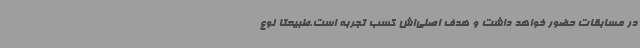
در مسابقات حضور خواهد داشت و هدف اصلی‌اش کسب تجربه است.طبیعتا نوع